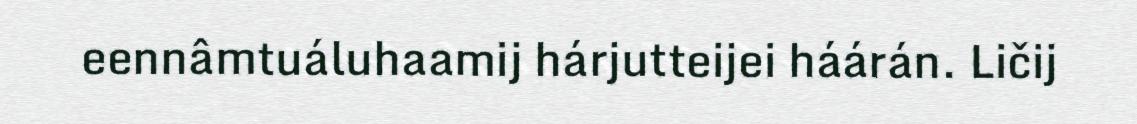
eennâmtuáluhaamij hárjutteijei háárán. Ličij